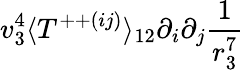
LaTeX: v_{3}^{4}\langle T^{++(ij)}\rangle_{12}\partial_{i}\partial_{j}\frac{1}{r_{3}^{7}}